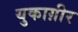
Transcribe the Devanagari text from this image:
युकाग़ीर